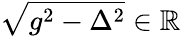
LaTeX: \sqrt{g^{2}-\Delta^{2}}\in\mathbb{R}